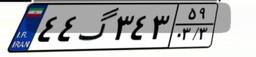
۴۴گ۳۴۳۵۹